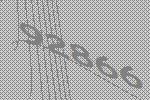
92866